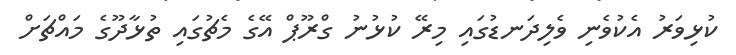
ކުޅިވަރު އެކުވެނި ވެލިދަނޑުގައި މިރޭ ކުޅުނު ގްރޫޕް އޭގެ މެޗުގައި ތުޅާދޫގެ މައްޗަށް